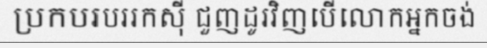
ប្រកបរបររកស៊ី ជួញដូរវិញបើលោកអ្នកចង់